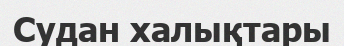
Судан халықтары